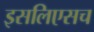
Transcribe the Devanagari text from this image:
इसलिएसच